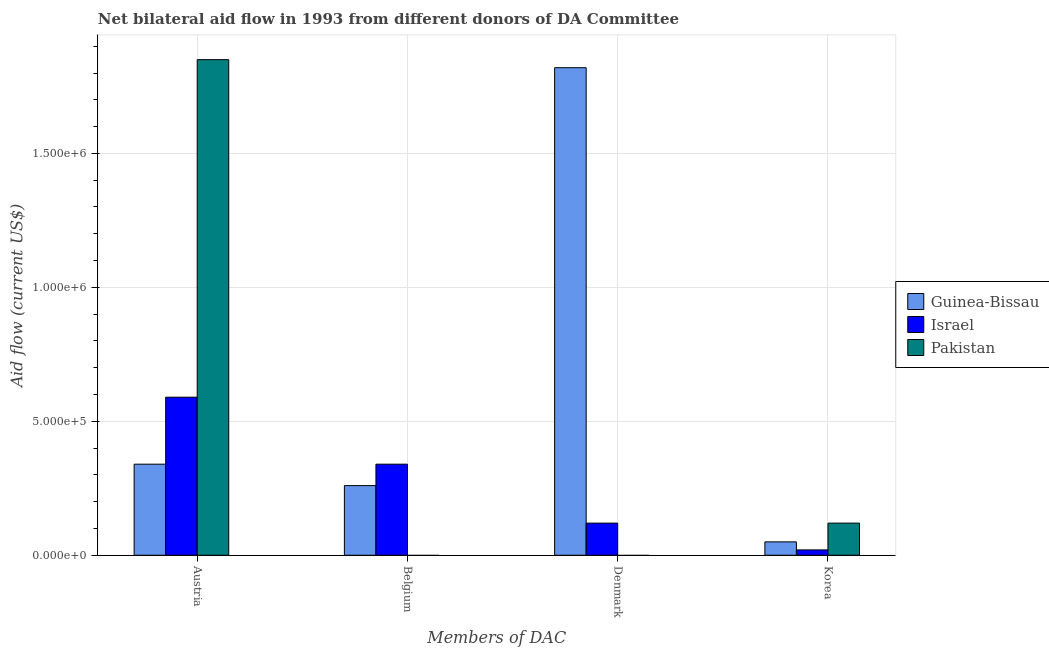
| Members of DAC | Guinea-Bissau | Israel | Pakistan |
 | --- | --- | --- | --- |
 | Austria | 3.4e+05 | 5.9e+05 | 1.85e+06 |
 | Belgium | 2.6e+05 | 3.4e+05 | -1.57e+06 |
 | Denmark | 1.82e+06 | 1.2e+05 | -1.03e+06 |
 | Korea | 5e+04 | 2e+04 | 1.2e+05 |